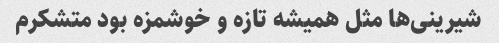
شیرینی‌ها مثل همیشه تازه و خوشمزه بود متشکرم